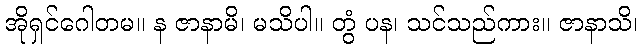
အိုရှင်ဂေါတမ။ န ဇာနာမိ၊ မသိပါ။ တွံ ပန၊ သင်သည်ကား။ ဇာနာသိ၊